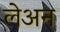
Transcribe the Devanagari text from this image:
लेअन